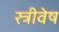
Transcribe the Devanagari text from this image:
स्त्रीवेष